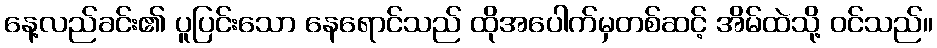
နေ့လည်ခင်း၏ ပူပြင်းသော နေရောင်သည် ထိုအပေါက်မှတစ်ဆင့် အိမ်ထဲသို့ ဝင်သည်။